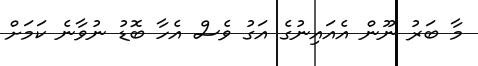
މާ ބަރު ނޫން އެއައިނުގެ އަގު ވެސް އެހާ ބޮޑު ނުވާނެ ކަމަށް